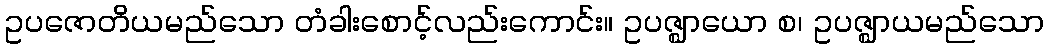
ဥပဇောတိယမည်သော တံခါးစောင့်လည်းကောင်း။ ဥပဇ္ဈာယော စ၊ ဥပဇ္ဈာယမည်သော